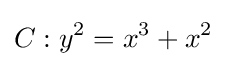
C:y^{2}=x^{3}+x^{2}